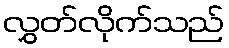
လွှတ်လိုက်သည်